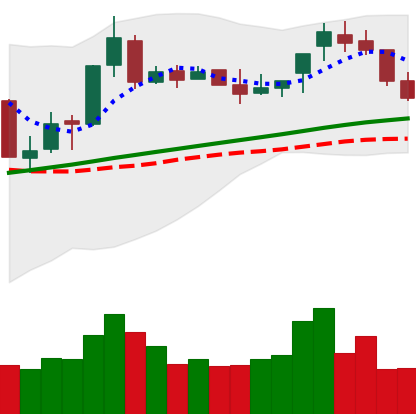
Ticker: BNB-USD
Chart end date: 2018-04-17
Forward return: 9.401%
Label: up_7plus